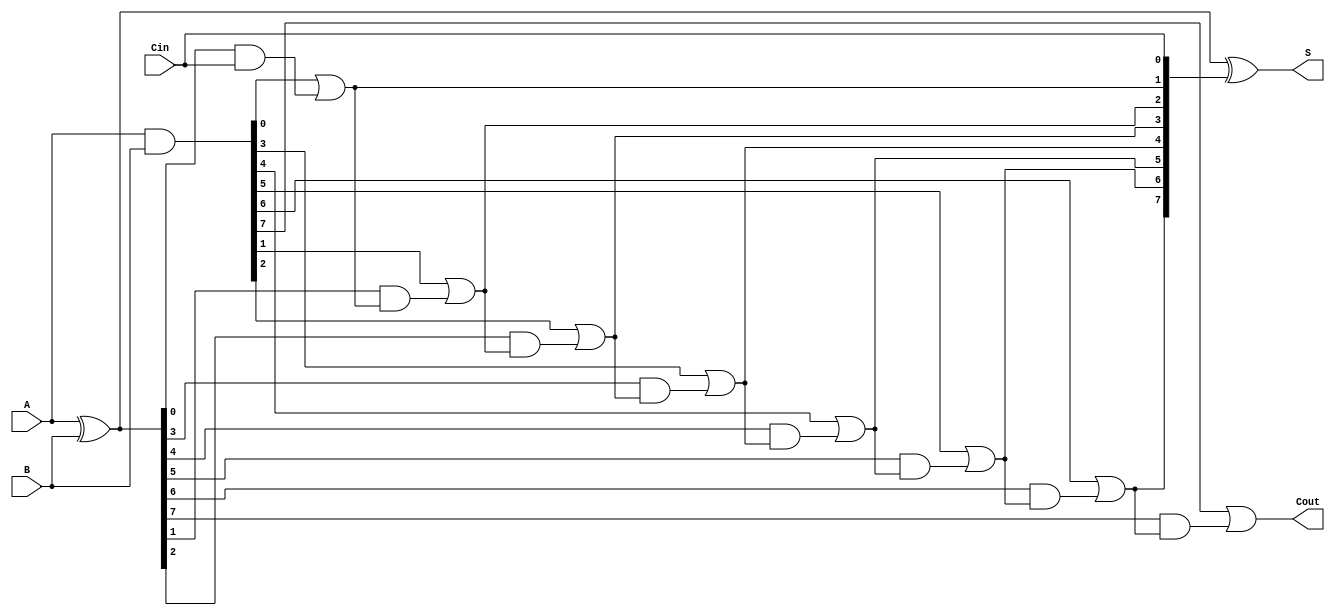
module han_carlson_adder #(
    parameter N = 8  // Parameter for the bit width of the adder
)(
    input  [N-1:0] A,      // First operand
    input  [N-1:0] B,      // Second operand
    input         Cin,      // Carry-in
    output [N-1:0] S,      // Sum output
    output        Cout      // Carry-out
);

    // Generate and Propagate signals
    wire [N-1:0] G; // Generate signals
    wire [N-1:0] P; // Propagate signals
    wire [N:0] C;   // Carry signals

    // Calculate Generate (G) and Propagate (P) signals for each bit
    assign G = A & B;          // Gi = A[i] AND B[i]
    assign P = A ^ B;          // Pi = A[i] XOR B[i]

    // Carry signals calculation
    assign C[0] = Cin;         // C0 = Cin
    genvar i;
    generate
        for (i = 0; i < N; i = i + 1) begin : carry_calc
            if (i == 0) begin
                assign C[i + 1] = G[i] | (P[i] & C[i]); // C1 = G0 + (P0 AND C0)
            end else begin
                assign C[i + 1] = G[i] | (P[i] & C[i]); // C(i+1) = Gi + (Pi AND Ci)
            end
        end
    endgenerate

    // Sum calculation
    assign S = P ^ C[N-1:0]; // S[i] = Pi XOR Ci

    // Final carry-out
    assign Cout = C[N]; // Cout = Cn

endmodule